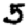
Digit: 5